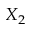
X _ { 2 }